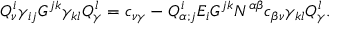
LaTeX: Q _ { \nu } ^ { i } \gamma _ { i j } { \cal G } ^ { j k } \gamma _ { k l } Q _ { \gamma } ^ { l } = c _ { \nu \gamma } - Q _ { \alpha ; j } ^ { i } { \cal E } _ { i } { \cal G } ^ { j k } N ^ { \alpha \beta } c _ { \beta \nu } \gamma _ { k l } Q _ { \gamma } ^ { l } .